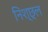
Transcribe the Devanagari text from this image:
निश्छ्ल